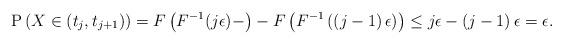
LaTeX: \begin{align*} \mathrm P \left( X \in \left( t_j,t_{j+1} \right) \right) &= F \left( F^{-1} ( j \epsilon ) - \right) - F\left( F^{-1} \left( \left(j-1\right) \epsilon \right) \right) \leq j\epsilon - \left(j-1\right)\epsilon=\epsilon. \end{align*}